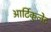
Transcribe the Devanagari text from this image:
आर्टिकुलेट